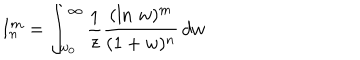
LaTeX: I _ { n } ^ { m } = \int _ { w _ { 0 } } ^ { \infty } \frac { 1 } { z } \frac { ( \ln \, w ) ^ { m } } { ( 1 + w ) ^ { n } } \, d w